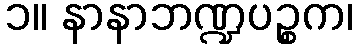
၁။ နာနာဘဏ္ဍပဉ္စက၊